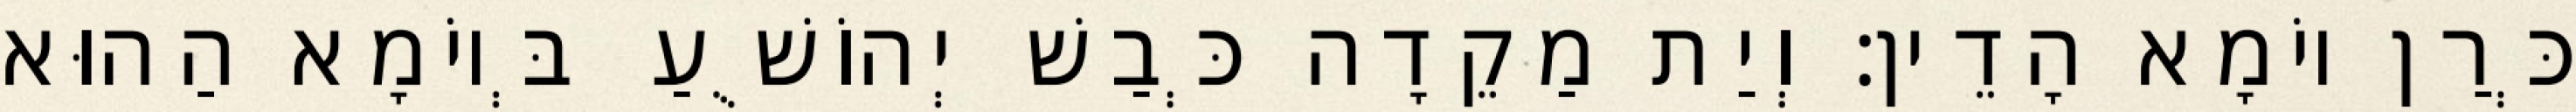
כְּרַן יוֹמָא הָדֵין׃ וְיַת מַקֵדָה כְּבַשׁ יְהוֹשֻׁעַ בְּיוֹמָא הַהוּא